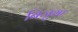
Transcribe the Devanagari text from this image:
बिजुगा